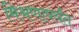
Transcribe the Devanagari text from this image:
मिश्रणापर्यंत